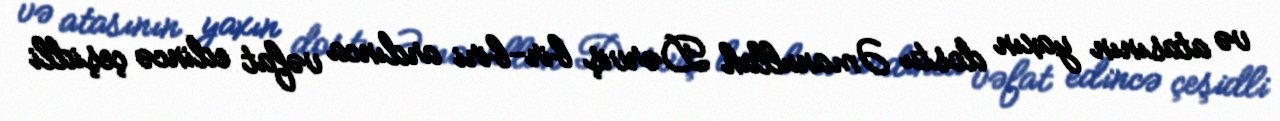
və atasının yaxın dostu Əmanullah Dərviş bir-biri ardınca vəfat edincə çeşidli